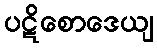
ပဋိစောဒေယျ